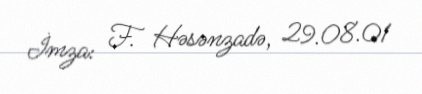
İmza: F. Həsənzadə, 29.08.01